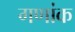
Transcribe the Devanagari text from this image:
गणांक